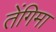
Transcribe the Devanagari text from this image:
तेंगिमा